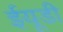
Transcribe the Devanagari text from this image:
ईयूडी